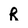
Character: R